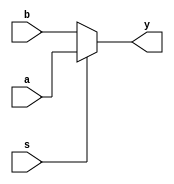
`timescale 1ns / 1ps

module mux(a,b,s,y);
input [7:0]a,b;
input s;
output [7:0] y;

assign y=s?a:b;
endmodule